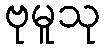
ဗုမူသု